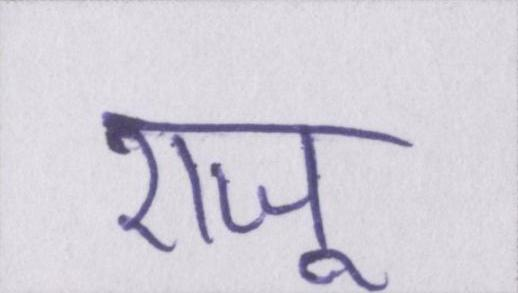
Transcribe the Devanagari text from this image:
राजू